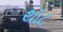
થૉટ